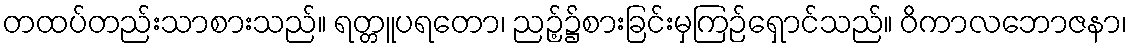
တထပ်တည်းသာစားသည်။ ရတ္တူပရတော၊ ညဉ့်၌စားခြင်းမှကြဉ်ရှောင်သည်။ ဝိကာလဘောဇနာ၊